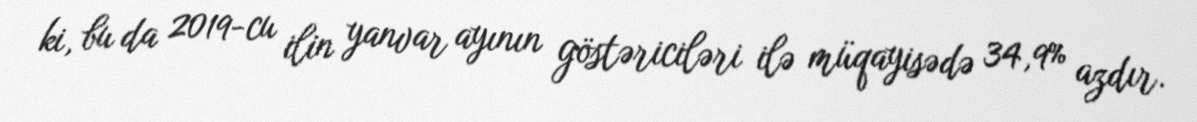
ki, bu da 2019-cu ilin yanvar ayının göstəriciləri ilə müqayisədə 34,9% azdır.